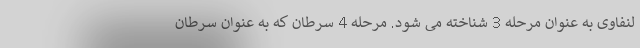
لنفاوی به عنوان مرحله 3 شناخته می شود. مرحله 4 سرطان که به عنوان سرطان